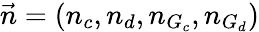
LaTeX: \vec{n}=(n_{c},n_{d},n_{G_{c}},n_{G_{d}})